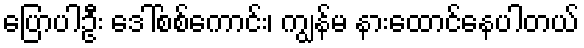
ပြောပါဦး ဒေါ်စစ်ကောင်း၊ ကျွန်မ နားထောင်နေပါတယ်